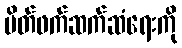
မိတ်ဖက်ဆက်ဆံရေးကို